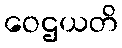
ဝေဌယတိ